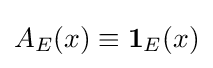
A_{E}(x)\equiv \mathbf {1} _{E}(x)